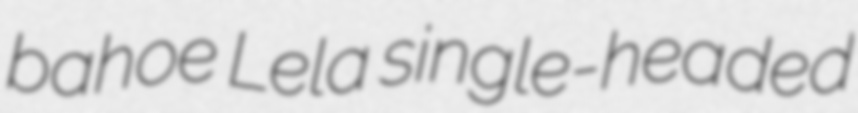
bahoe Lela single-headed